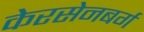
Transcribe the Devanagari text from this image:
केरसेनबर्ग